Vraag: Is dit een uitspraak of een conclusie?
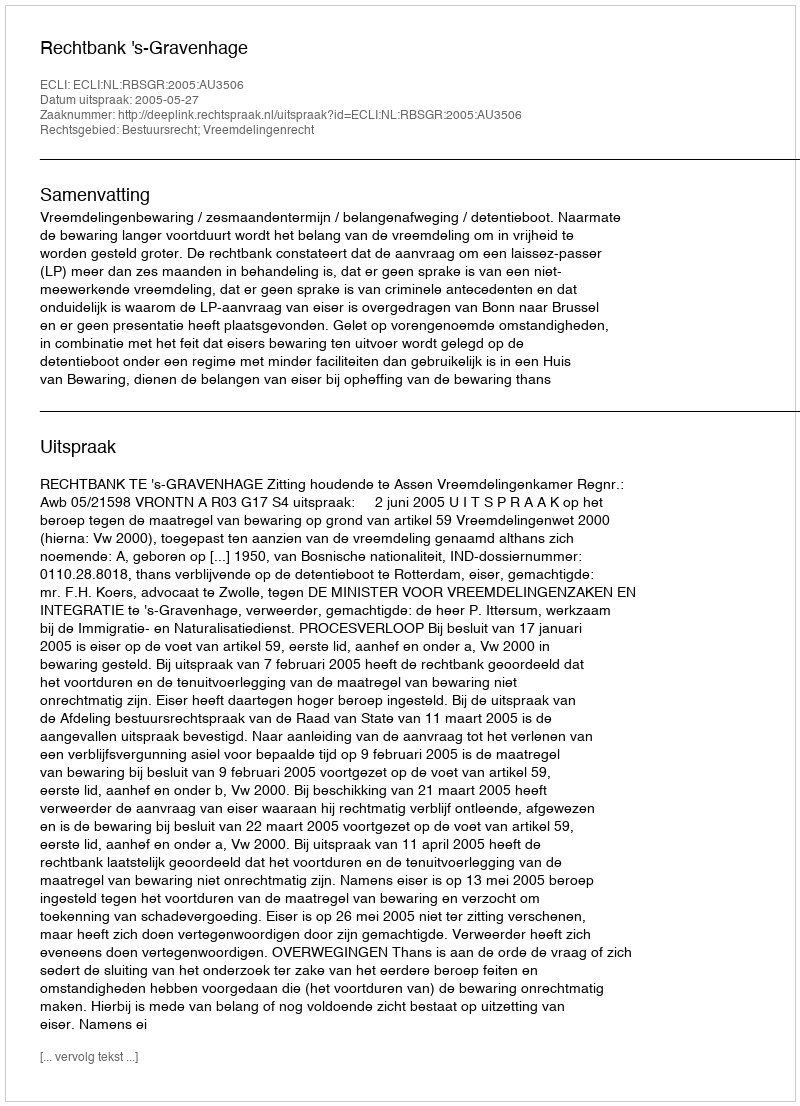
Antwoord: Uitspraak